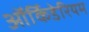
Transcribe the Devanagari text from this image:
ऑर्किडेरियम